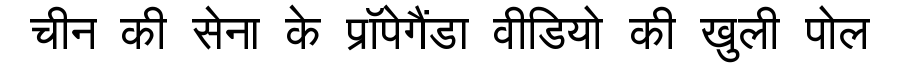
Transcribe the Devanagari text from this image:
चीन की सेना के प्रॉपेगैंडा वीडियो की खुली पोल